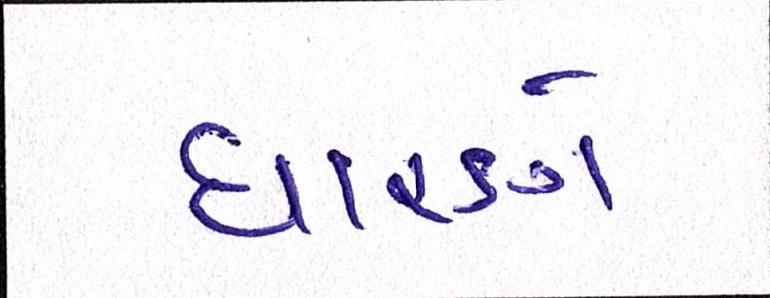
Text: ધારણે